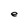
Character: e